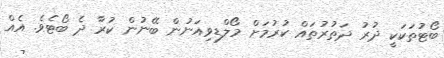
ބޯޓުތަކަކީ ދުރު ދަތުރުތައް ކުރުމަށް މޯލްޑިވިއަނުން ބޭނުން ކުރާ ދެ ބޯޓެވެ. އެއް